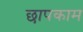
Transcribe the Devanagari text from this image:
छापकाम